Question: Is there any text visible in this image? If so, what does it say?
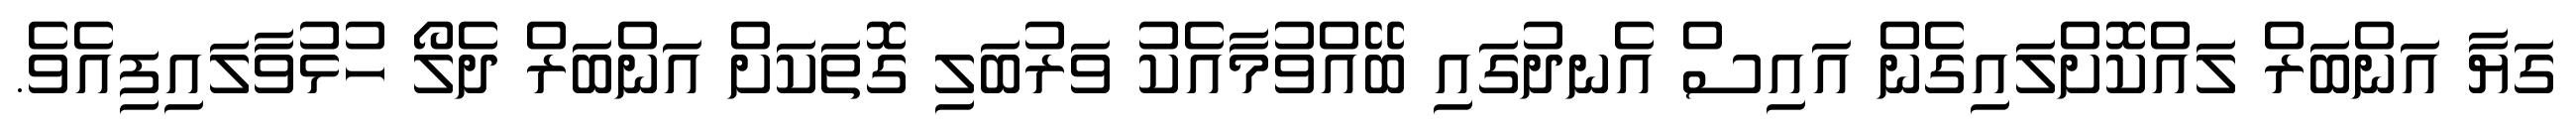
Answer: ގަޔާ އަންބަރް ލައްކޮށްލައިގެން އައިސް އެނދުގައި ބޭއްވުމާއެކު ވަރުބަލި ގޮތަކަށް އަންބަރް ދެލޯ ހުޅުވާލައިފިއެވެ.